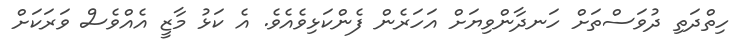
ހިތްދަތި ދުވަސްތަށް ހަނދާންވިޔަށް އަހަރެން ފެންކަޅިވެއެވެ. އެ ކަޅު މާޒީ އެއްވެސް ވަރަކަށް